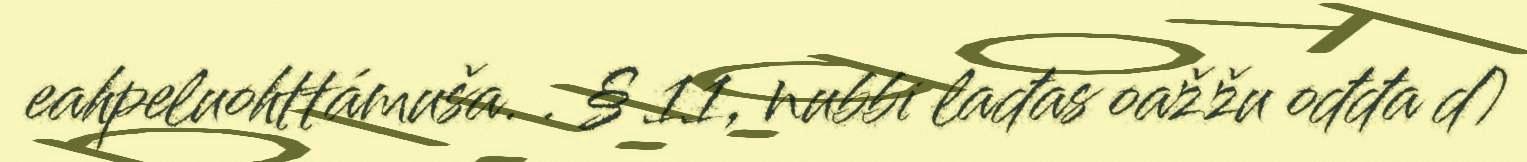
eahpeluohttámuša. . § 11, nubbi lađas oažžu ođđa d)